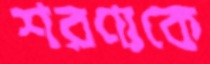
শরণ্যকে